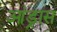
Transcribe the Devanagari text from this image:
आंड्रास